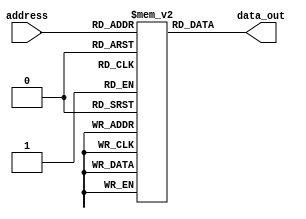
module instruc_mem(
    input wire [7:0]  address,
    output reg [31:0] data_out
    );

	 reg [31:0] mem [0:255];
	 initial begin
		
		mem[0]=32'h00200513;//reg[10]=imm(2)
		mem[1]=32'h00100113;//reg[2]=imm(1)
		mem[2]=32'h00250233;//reg[4]=reg[10]+reg[2]
		mem[3]=32'h00412223;//mem[imm(4)+reg[2]]=reg[4]
		mem[4]=32'h00412203;
		mem[5]=32'h01F00313;//reg[6]=imm(11111)
		mem[6]=32'h01300393;//reg[7]=imm(10011)
		mem[7]=32'h00737433;//reg6, reg7 and 
		mem[8]=32'h007344B3;//reg6, reg7 xor
		mem[9]=32'h00200513;
		mem[10]=32'h00200513;
		mem[11]=32'h00200513;
		end
	 
	    always @(*) begin

           data_out <= mem[address];
        
    end
	 
endmodule